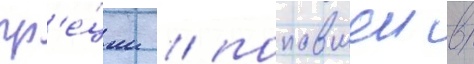
гр'е́ции / попавшеи в